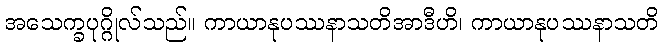
အသေက္ခပုဂ္ဂိုလ်သည်။ ကာယာနုပဿနာသတိအာဒီဟိ၊ ကာယာနုပဿနာသတိ